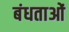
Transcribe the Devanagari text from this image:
बंधताओं